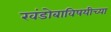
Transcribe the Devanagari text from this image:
खंडोबाविषयीच्या